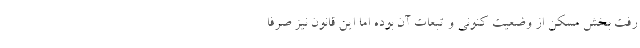
رفت بخش مسکن از وضعیت کنونی و تبعات آن بوده اما این قانون نیز صرفا